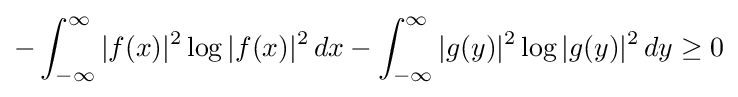
-\int _{-\infty }^{\infty }|f(x)|^{2}\log |f(x)|^{2}\,dx-\int _{-\infty }^{\infty }|g(y)|^{2}\log |g(y)|^{2}\,dy\geq 0